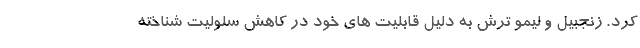
کرد. زنجبیل و لیمو ترش به دلیل قابلیت های خود در کاهش سلولیت شناخته